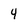
Character: 4